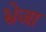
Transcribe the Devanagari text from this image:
भ्रेजा